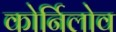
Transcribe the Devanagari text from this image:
कोर्निलोव